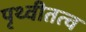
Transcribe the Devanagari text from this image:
पृथ्वीतत्व